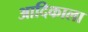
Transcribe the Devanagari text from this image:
आदिकाला